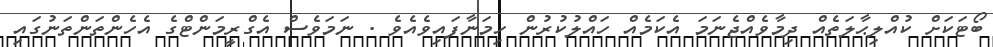
ބޯޓަކަށް ކުއްލިޙާލަތެއް ދިމާވެއްޖެނަމަ އެކަމެއް ހައްލުކުރުން ހިމަނާފައިވެއެވެ . ނަމަވެސް އެގްރީމަންޓްގެ އެހެންތަންތަނުގައި